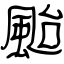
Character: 颱